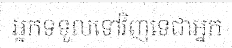
អ្នកទទួលទៅវិញទេជាអ្នក